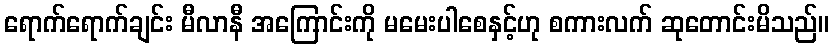
ရောက်ရောက်ချင်း မီလာနီ အကြောင်းကို မမေးပါစေနှင့်ဟု စကားလက် ဆုတောင်းမိသည်။